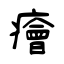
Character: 癐